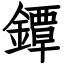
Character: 鐔